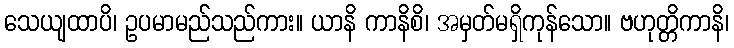
သေယျထာပိ၊ ဥပမာမည်သည်ကား။ ယာနိ ကာနိစိ၊ အမှတ်မရှိကုန်သော။ ဗဟုတ္တိကာနိ၊